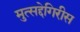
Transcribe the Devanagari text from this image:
मुत्सद्देगिरीस